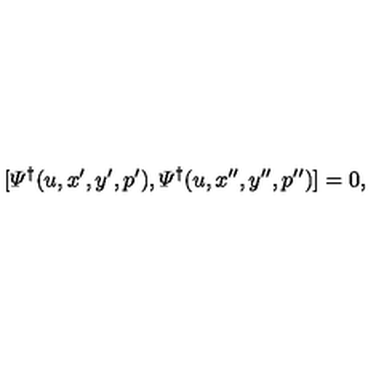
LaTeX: [ { \mit \Psi } ^ { \dagger } ( u , x ^ { \prime } , y ^ { \prime } , p ^ { \prime } ) , { \mit \Psi } ^ { \dagger } ( u , x ^ { \prime \prime } , y ^ { \prime \prime } , p ^ { \prime \prime } ) ] = 0 ,